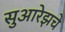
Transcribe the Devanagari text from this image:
सुआरेझचे